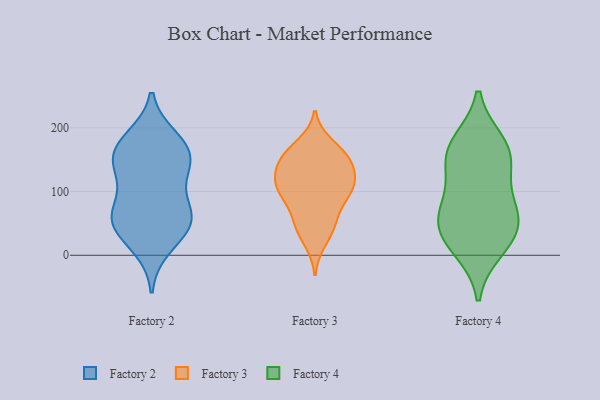
{"axis": {"x": "Website Visitors", "y": "Value"}, "legend": ["Factory 2", "Factory 3", "Factory 4"], "data": [{"x": "", "y": 155, "type": "Factory 2"}, {"x": "", "y": 183, "type": "Factory 2"}, {"x": "", "y": 146, "type": "Factory 2"}, {"x": "", "y": 49, "type": "Factory 2"}, {"x": "", "y": 171, "type": "Factory 2"}, {"x": "", "y": 13, "type": "Factory 2"}, {"x": "", "y": 78, "type": "Factory 2"}, {"x": "", "y": 42, "type": "Factory 2"}, {"x": "", "y": 53, "type": "Factory 2"}, {"x": "", "y": 126, "type": "Factory 2"}, {"x": "", "y": 60, "type": "Factory 2"}, {"x": "", "y": 67, "type": "Factory 2"}, {"x": "", "y": 171, "type": "Factory 2"}, {"x": "", "y": 133, "type": "Factory 2"}, {"x": "", "y": 157, "type": "Factory 3"}, {"x": "", "y": 125, "type": "Factory 3"}, {"x": "", "y": 22, "type": "Factory 3"}, {"x": "", "y": 45, "type": "Factory 3"}, {"x": "", "y": 173, "type": "Factory 3"}, {"x": "", "y": 154, "type": "Factory 3"}, {"x": "", "y": 100, "type": "Factory 3"}, {"x": "", "y": 120, "type": "Factory 3"}, {"x": "", "y": 84, "type": "Factory 3"}, {"x": "", "y": 105, "type": "Factory 3"}, {"x": "", "y": 146, "type": "Factory 3"}, {"x": "", "y": 118, "type": "Factory 3"}, {"x": "", "y": 143, "type": "Factory 3"}, {"x": "", "y": 96, "type": "Factory 3"}, {"x": "", "y": 49, "type": "Factory 3"}, {"x": "", "y": 101, "type": "Factory 3"}, {"x": "", "y": 161, "type": "Factory 3"}, {"x": "", "y": 52, "type": "Factory 3"}, {"x": "", "y": 154, "type": "Factory 4"}, {"x": "", "y": 42, "type": "Factory 4"}, {"x": "", "y": 11, "type": "Factory 4"}, {"x": "", "y": 56, "type": "Factory 4"}, {"x": "", "y": 69, "type": "Factory 4"}, {"x": "", "y": 167, "type": "Factory 4"}, {"x": "", "y": 85, "type": "Factory 4"}, {"x": "", "y": 175, "type": "Factory 4"}, {"x": "", "y": 27, "type": "Factory 4"}, {"x": "", "y": 139, "type": "Factory 4"}]}